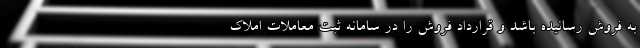
به فروش رسانیده باشد و قرارداد فروش را در سامانه ثبت معاملات املاک